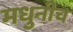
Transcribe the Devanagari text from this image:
मधुनीच